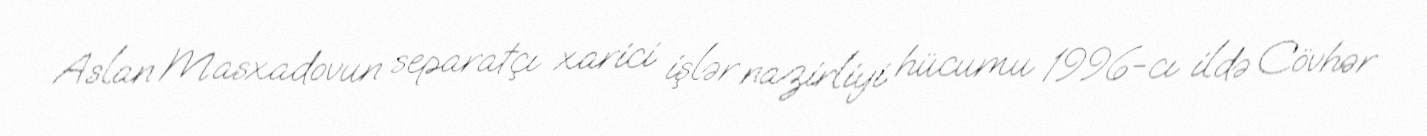
Aslan Masxadovun separatçı xarici işlər nazirliyi hücumu 1996-cı ildə Cövhər